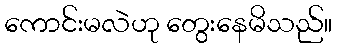
ကောင်းမလဲဟု တွေးနေမိသည်။